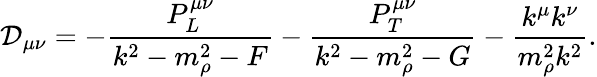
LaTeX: {\cal D}_{\mu\nu}=-{\frac{P_{L}^{\mu\nu}}{k^{2}-m_{\rho}^{2}-F}}-{\frac{P_{T}^{\mu\nu}}{k^{2}-m_{\rho}^{2}-G}}-{\frac{k^{\mu}k^{\nu}}{m_{\rho}^{2}k^{2}}}.